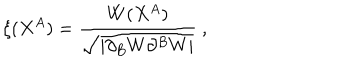
\xi ( X ^ { A } ) = \frac { W ( X ^ { A } ) } { \sqrt { | \partial _ { B } W \partial ^ { B } W | } } ~ ,